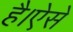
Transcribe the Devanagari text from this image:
है।ऐसे